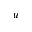
^ { u }